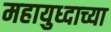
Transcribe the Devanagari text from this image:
महायुध्दाच्या